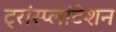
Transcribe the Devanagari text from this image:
ट्रांस्प्लांटेशन